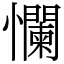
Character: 㦨